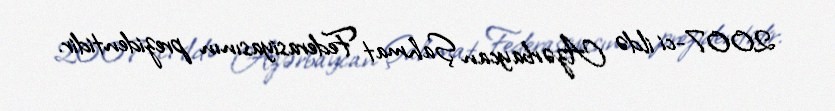
2007-ci ildə Azərbaycan Şahmat Federasiyasının prezidentidir.